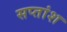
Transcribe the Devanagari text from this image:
सप्तांश